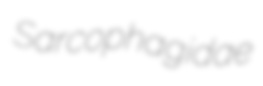
Sarcophagidae